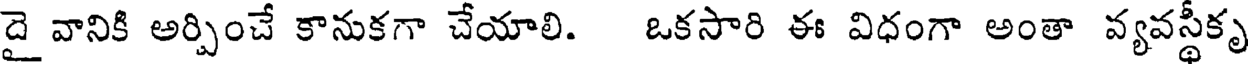
దై వానికి అర్పించే కానుకగా చేయాలి. ఒకసారి ఈ విధంగా అంతా వ్యవస్థీకృ